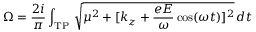
\Omega = \frac { 2 i } { \pi } \int _ { \mathrm { T P } } \, \sqrt { \mu ^ { 2 } + [ k _ { z } + \frac { e E } { \omega } \cos ( \omega t ) ] ^ { 2 } } \, d t